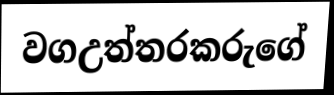
වගඋත්තරකරුගේ